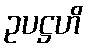
ဥပဋ္ဌဟိ